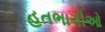
હતભાગીઓ